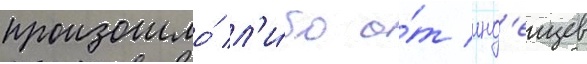
произошло́ л'и́бо о́т инд'еицев